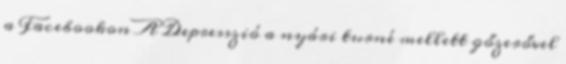
a Facebookon A Depresszió a nyári turné mellett gőzerővel